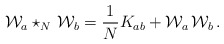
\begin{align*}{\cal W}_a \star_N \,{\cal W}_b = \frac{1}{N}K_{ab} + {\cal W}_a\,{\cal W}_b\,.\end{align*}